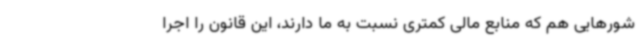
شورهایی هم که منابع مالی کمتری نسبت به ما دارند، این قانون را اجرا